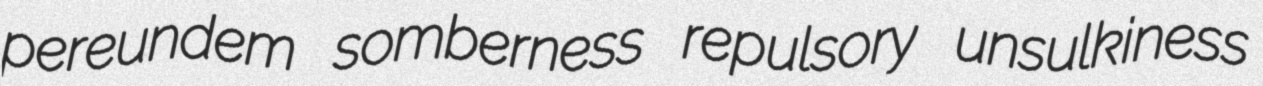
pereundem somberness repulsory unsulkiness